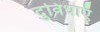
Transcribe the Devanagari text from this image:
दुविधाएँ